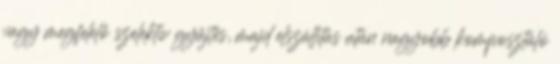
vagy megfelelő szelektív gyűjtés, majd elszállítás után nagyobb komposztáló